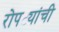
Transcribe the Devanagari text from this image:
रोपट्यांची